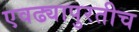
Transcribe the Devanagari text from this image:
एवढ्यापुरतीच